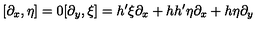
[ \partial _ { x } , \eta ] = 0 [ \partial _ { y } , \xi ] = h ^ { \prime } \xi \partial _ { x } + h h ^ { \prime } \eta \partial _ { x } + h \eta \partial _ { y }